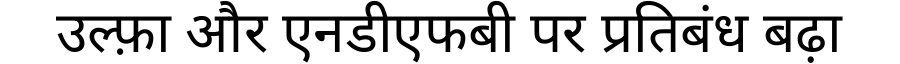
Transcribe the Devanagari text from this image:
उल्फ़ा और एनडीएफबी पर प्रतिबंध बढ़ा